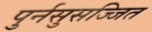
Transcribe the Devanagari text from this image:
पुर्नसुसज्जित